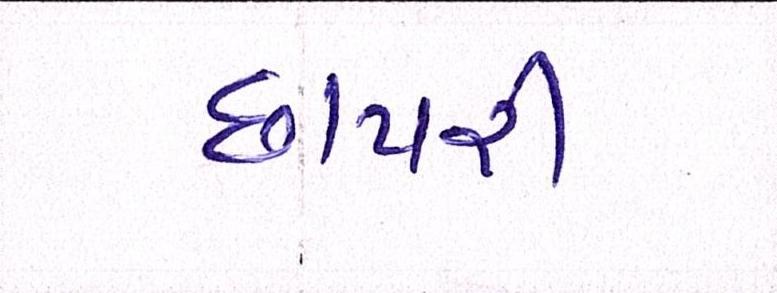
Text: છાપરી